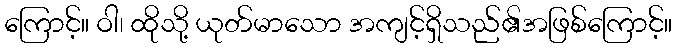
ကြောင့်။ ဝါ၊ ထိုသို့ ယုတ်မာသော အကျင့်ရှိသည်၏အဖြစ်ကြောင့်။